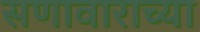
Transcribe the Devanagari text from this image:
सणावाराच्या